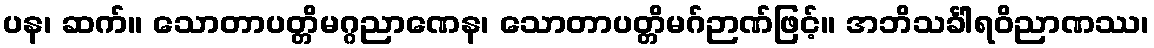
ပန၊ ဆက်။ သောတာပတ္တိမဂ္ဂညာဏေန၊ သောတာပတ္တိမဂ်ဉာဏ်ဖြင့်။ အဘိသင်္ခါရဝိညာဏဿ၊